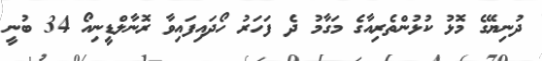
ދުނިޔޭގެ މޮޅު ކުޅުންތެރިއާގެ މަގާމު ދެ ފަހަރު ހޯދައިފައިވާ ރޮނާލްޑީނިއޯ 34 ބުނީ